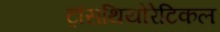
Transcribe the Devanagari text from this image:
ट्रांसथियोरेटिकल